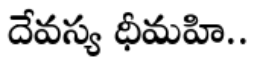
దేవస్య ధీమహి..